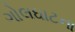
ગોલઘાટના